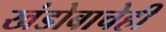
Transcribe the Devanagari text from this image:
खंडोबाचेही